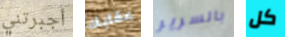
أجبرتني عقابك بالسرير كل